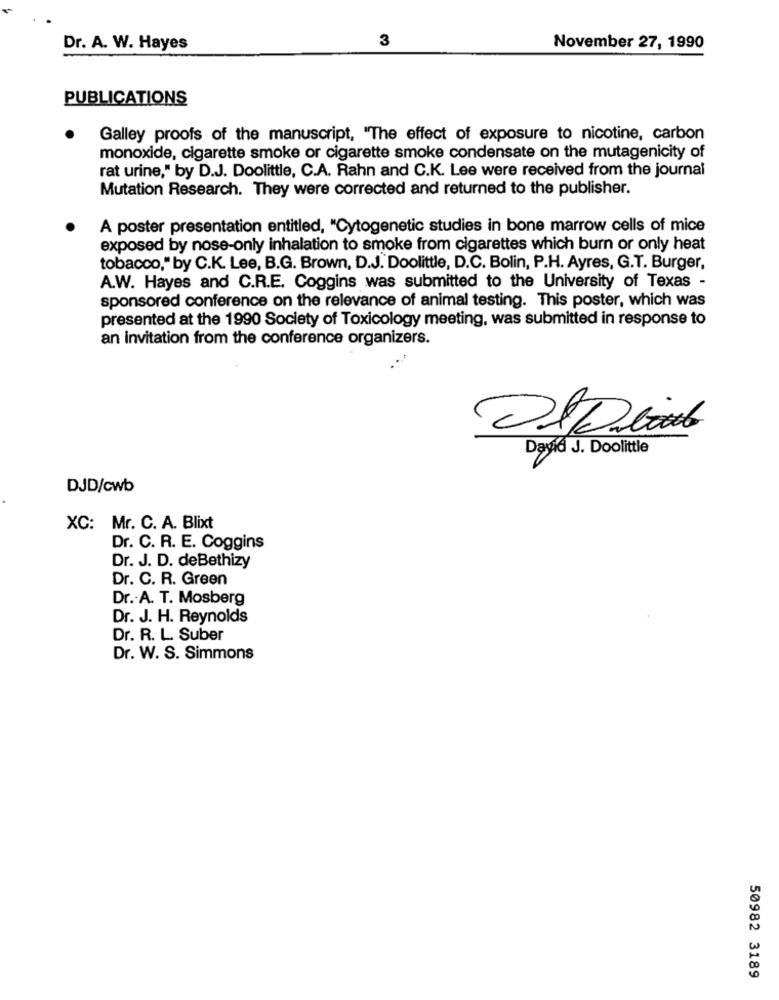
3
Dr. A. W. Hayes
November 27, 1990
PUBLICATIONS
Galley proofs of the manuscript, "The effect of exposure to nicotine, carbon
monoxide, cigarette smoke or cigarette smoke condensate on the mutagenicity of
rat urine," by D.J. Doolittle, C.A. Rahn and C.K. Lee were received from the journal
Mutation Research. They were corrected and returned to the publisher.
A poster presentation entitled, "Cytogenetic studies in bone marrow cells of mice
exposed by nose-only inhalation to smoke from cigarettes which burn or only heat
tobacco," by C.K. Lee, B.G. Brown, D.J. Doolittle, D.C. Bolin, P.H. Ayres, G.T. Burger,
A.W. Hayes and C.R.E. Coggins was submitted to the University of Texas -
sponsored conference on the relevance of animal testing. This poster, which was
presented at the 1990 Society of Toxicology meeting, was submitted in response to
an invitation from the conference organizers.
David J. Doolittle
DJD/cwb
XC: Mr. C. A. Blixt
Dr. C. R. E. Coggins
Dr. J. D. deBethizy
Dr. C. R. Green
Dr .. A. T. Mosberg
Dr. J. H. Reynolds
Dr. R. L. Suber
Dr. W. S. Simmons
50982 3189